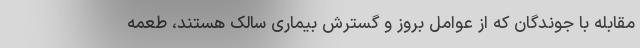
مقابله با جوندگان که از عوامل بروز و گسترش بیماری سالک هستند، طعمه